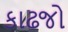
કાઢજો